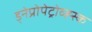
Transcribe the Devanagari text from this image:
ड्नेप्रोपेट्रोव्ह्स्क